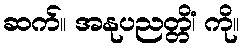
ဆက်။ အနုပညတ္တိံ၊ ကို။